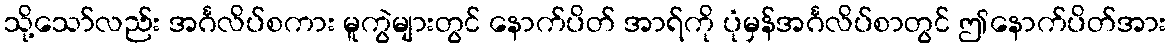
သို့သော်လည်း အင်္ဂလိပ်စကား မူကွဲများတွင် နောက်ပိတ် အာရ်ကို ပုံမှန်အင်္ဂလိပ်စာတွင် ဤနောက်ပိတ်အား